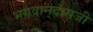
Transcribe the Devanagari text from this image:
भगवान्‌दासजी